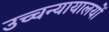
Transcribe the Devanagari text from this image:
उच्चन्यायालयों